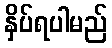
နှိပ်ရပါမည်